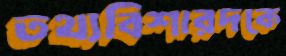
তথ্যবিশারদকে